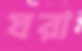
ঘরা